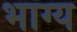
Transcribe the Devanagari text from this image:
भाग्‍य